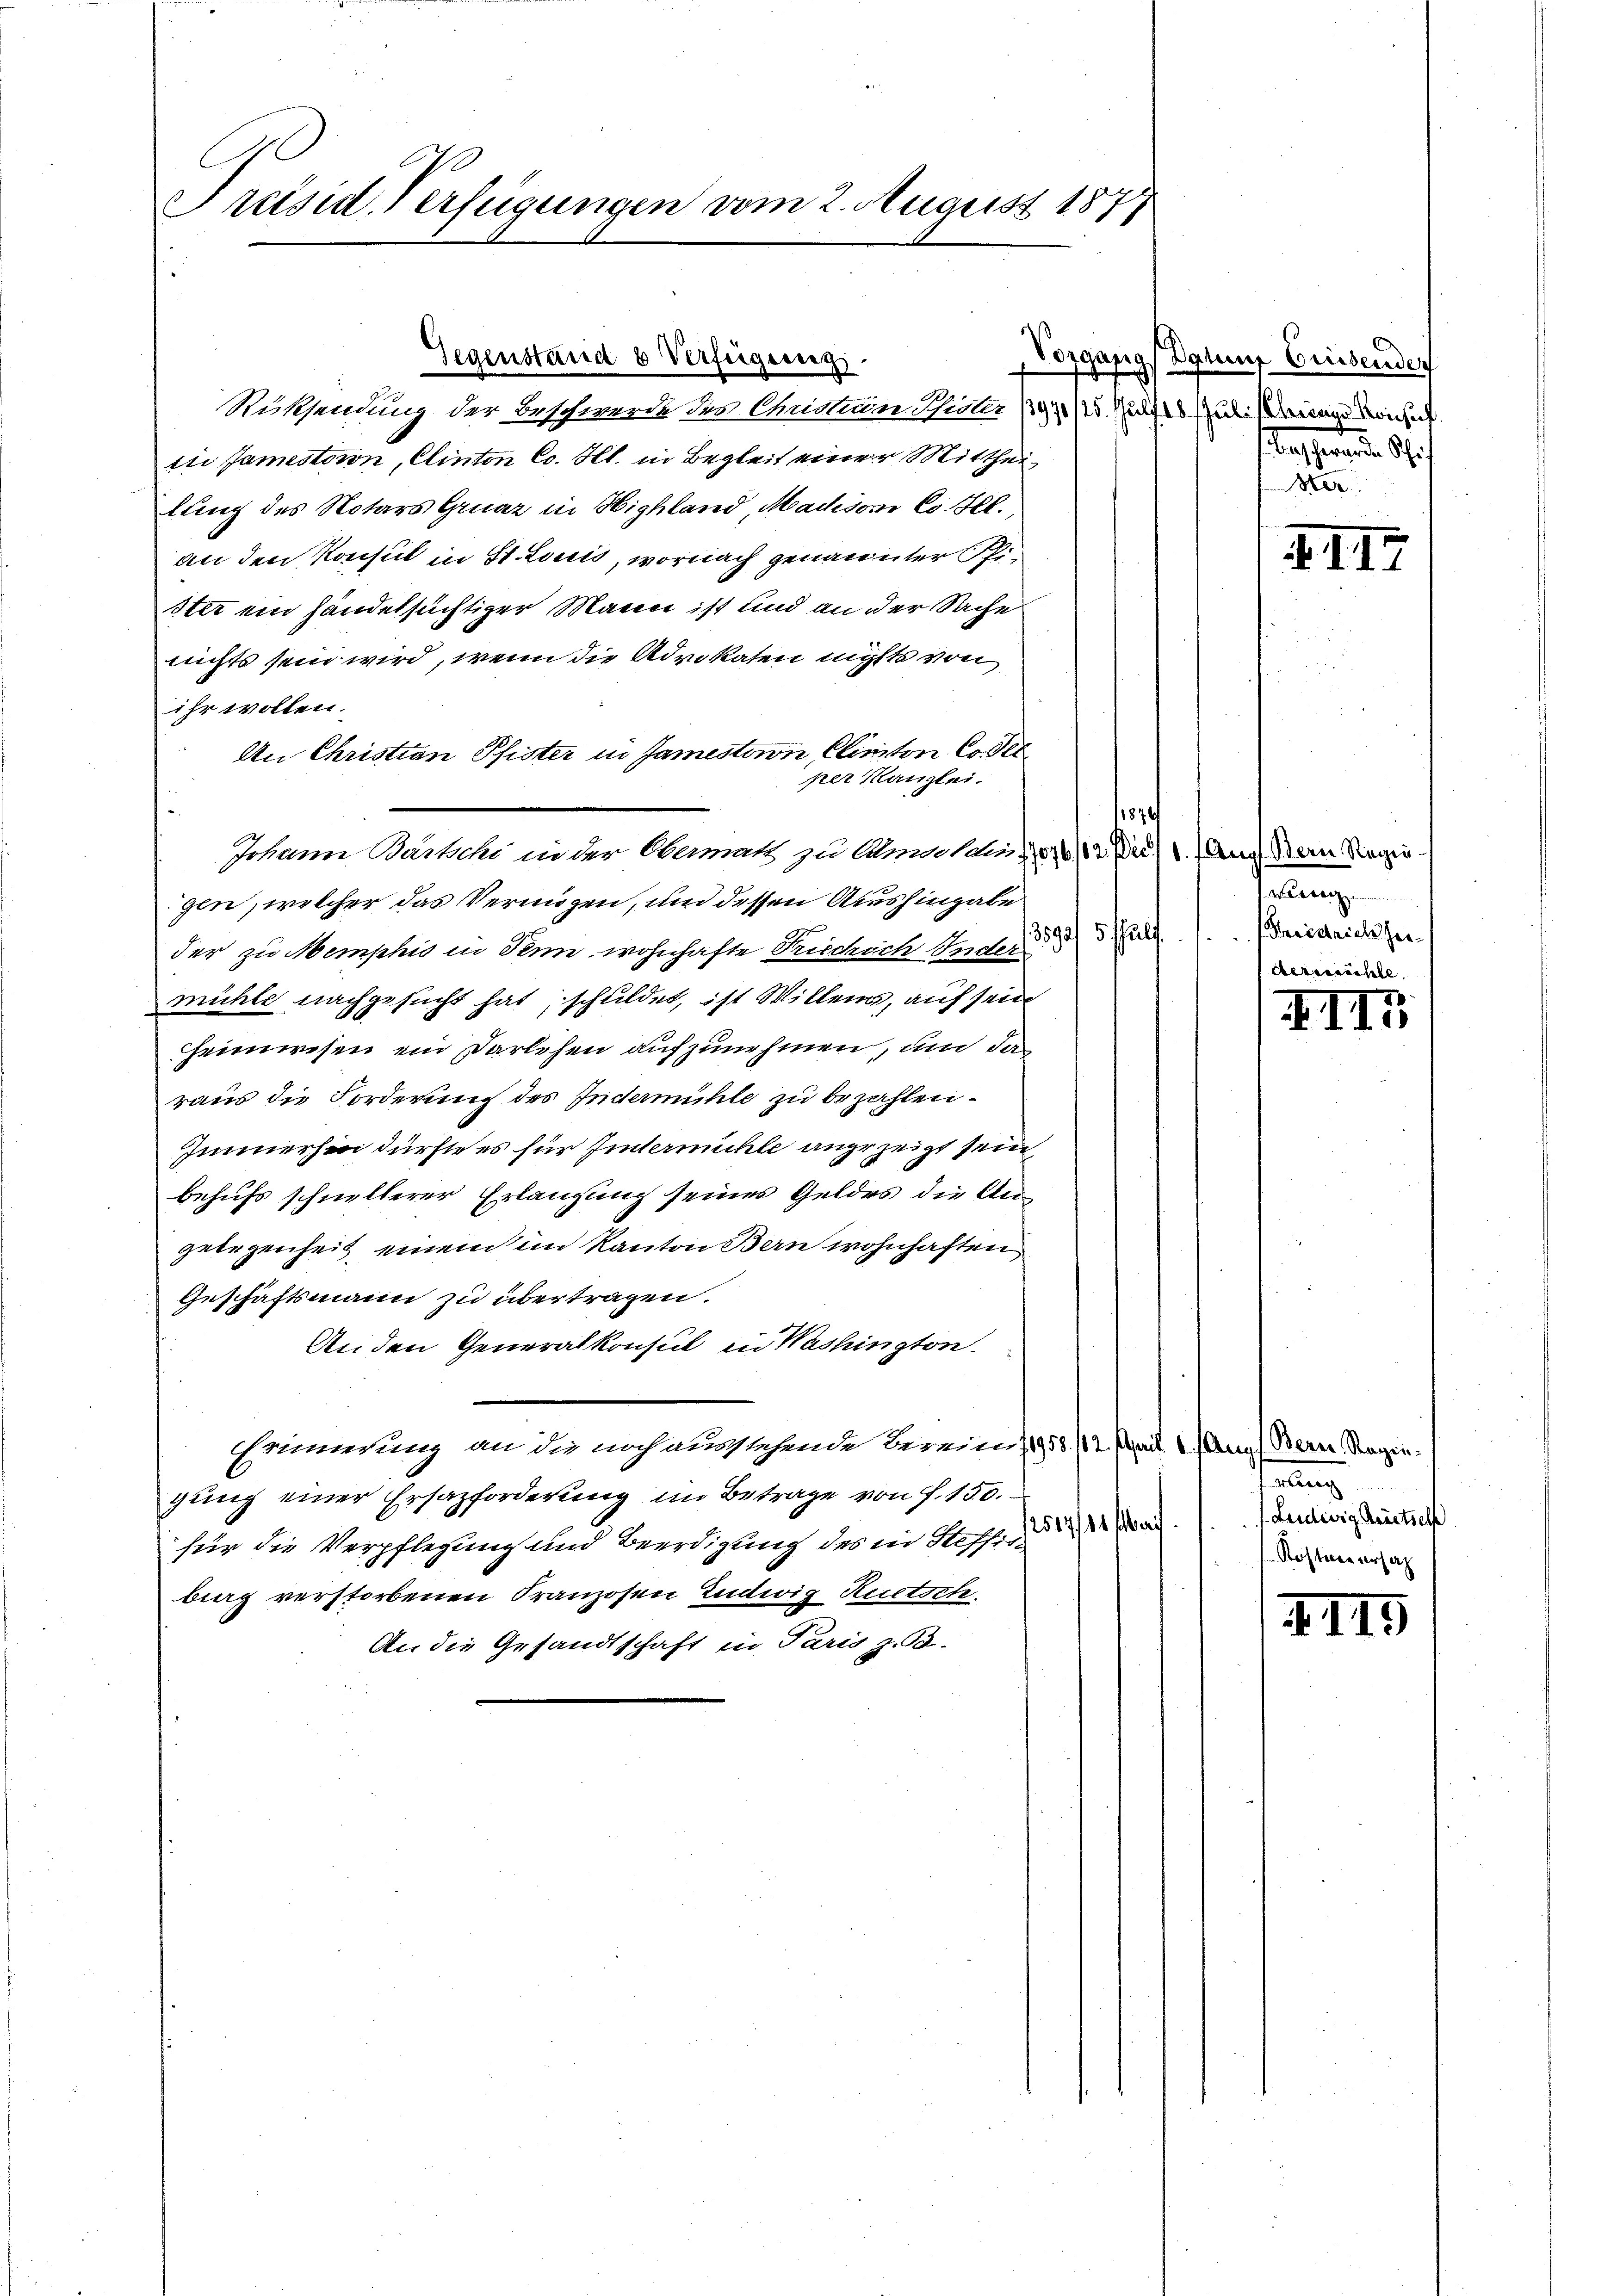
Präsid. Verfügungen vom 2. August 1877

Ruksendung der Beschwerde des Christium Schler (191/25. Nacht Juli seinem ich e
tie Jamestoron, Clinton Co. Hl. in Begleit einer Mittheilung des Notars Gruar in Highland, Machsoni Co. Ill.
an den Konsul in St. Louis, wornach genannter Phister ein handelsüchtiger Mann ist und an der Sache
nichts sein wird, wenn die Advokaten nicht von
ihr wollen.
An Christian Pfister in Jamesteron Clinitor Co. Pet
per Kanzlei.
gen, welcher das Vermögen, und dessen Aushingabe
der zu Memphis in denn wohnhafte Triechich Inder
mühle nachgesucht hat, schuldet, ist Willens, auf sein
heimwesen ein Darlehen aufzunehmen, und da
raus die Forderung des Indermühle zu bezahlen.
Immerhin dürfte es für Hintermühle angezeigt sein,
behufs schnellerer Erlangung seines Geldes die Angelegenheit einem im Kanton Bern wohnhaften
Geschäftsmann zu übertragen.
An den Generalkonsul in Washington.
Ermundung an die noch ausstehende Berein (1958. /12. Mail 1. Aug. Bern, Regiegung einer Ersazforderung im Betrage von f. 130.
/2514/11 s
für die Verpflegung und Beerdigung des in Steffisbig verstorbenen Franzosen Ludwig Ruetsch.
An die Gesandtschaft in Paris z. B.

Gegenstand 6 Verfügung.

Johann Bartschi in der Obermatt zu Ambolden,

er
3592/5 Juli

Vorgangs Datum Crissenden
asernen. Auf
Mer

117

1. Aug. Bern Regie
wirren
Friedrich sei¬

XIII

elung
1. Leidierig Reitselh
Kostenversag

III5